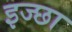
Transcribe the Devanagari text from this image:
इज्छा